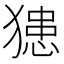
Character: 𤡟